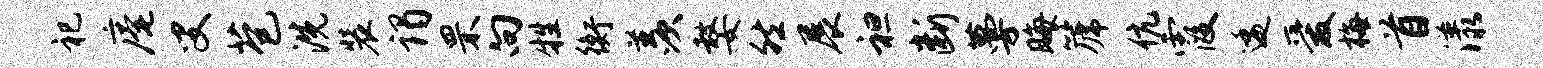
祀庵叟苞洗装谒罘向牲衡羡嫠然展袒断蔓晦篪伉霞逶爱梅首漾